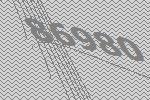
86980